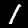
Digit: 1